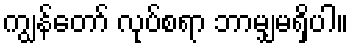
ကျွန်တော် လုပ်စရာ ဘာမျှမရှိပါ။